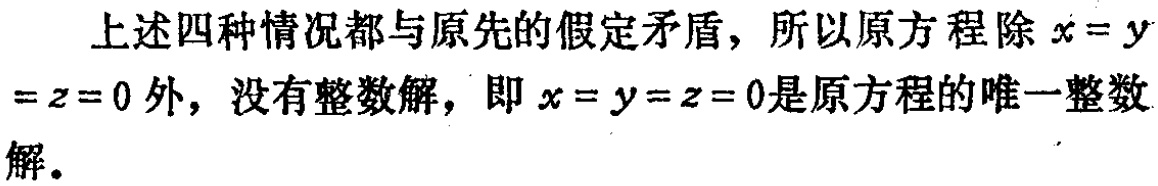
上述四种情况都与原先的假定矛盾，所以原方程除\(x = y = z = 0\)外，没有整数解，即\(x = y = z = 0\)是原方程的唯一整数解。